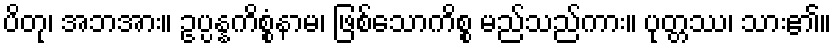
ပိတု၊ အဘအား။ ဥပ္ပန္နကိစ္စံနာမ၊ ဖြစ်သောကိစ္စ မည်သည်ကား။ ပုတ္တဿ၊ သား၏။